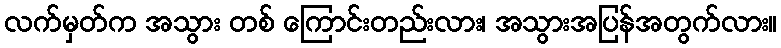
လက်မှတ်က အသွား တစ် ကြောင်းတည်းလား၊ အသွားအပြန်အတွက်လား။